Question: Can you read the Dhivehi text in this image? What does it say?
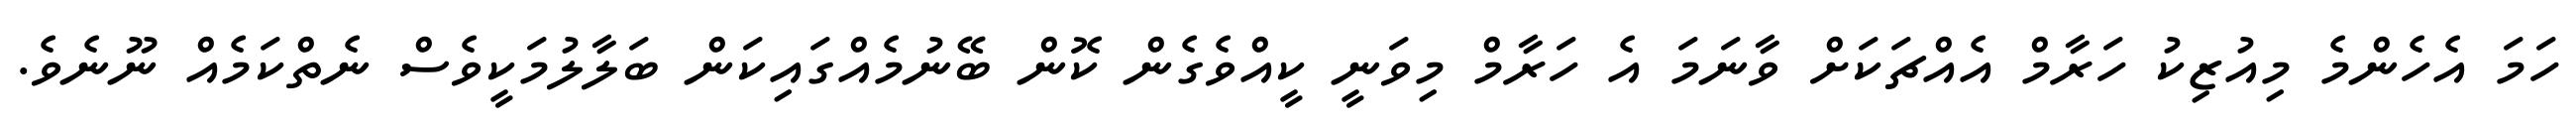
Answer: ހަމަ އެހެންމެ މިއުޒިކު ހަރާމް އެއްޗަކަށް ވާނަމަ އެ ހަރާމް މިވަނީ ކީއްވެގެން ކޮން ބޭނުމެއްގައިކަން ބަލާލުމަކީވެސް ނެތްކަމެއް ނޫނެވެ.